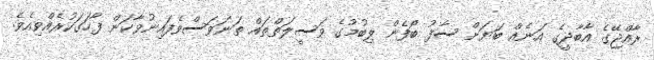
ރާއްޖޭގެ އާބާދީގެ އަނެއް ބަޔަށް ސާފު ބޯފެން ލިބުމުގެ ވަސީލަތްތައް ތަނަވަސްވެފައިނުވާކަން ފާހަގަކުރެއްވިއެވެ.